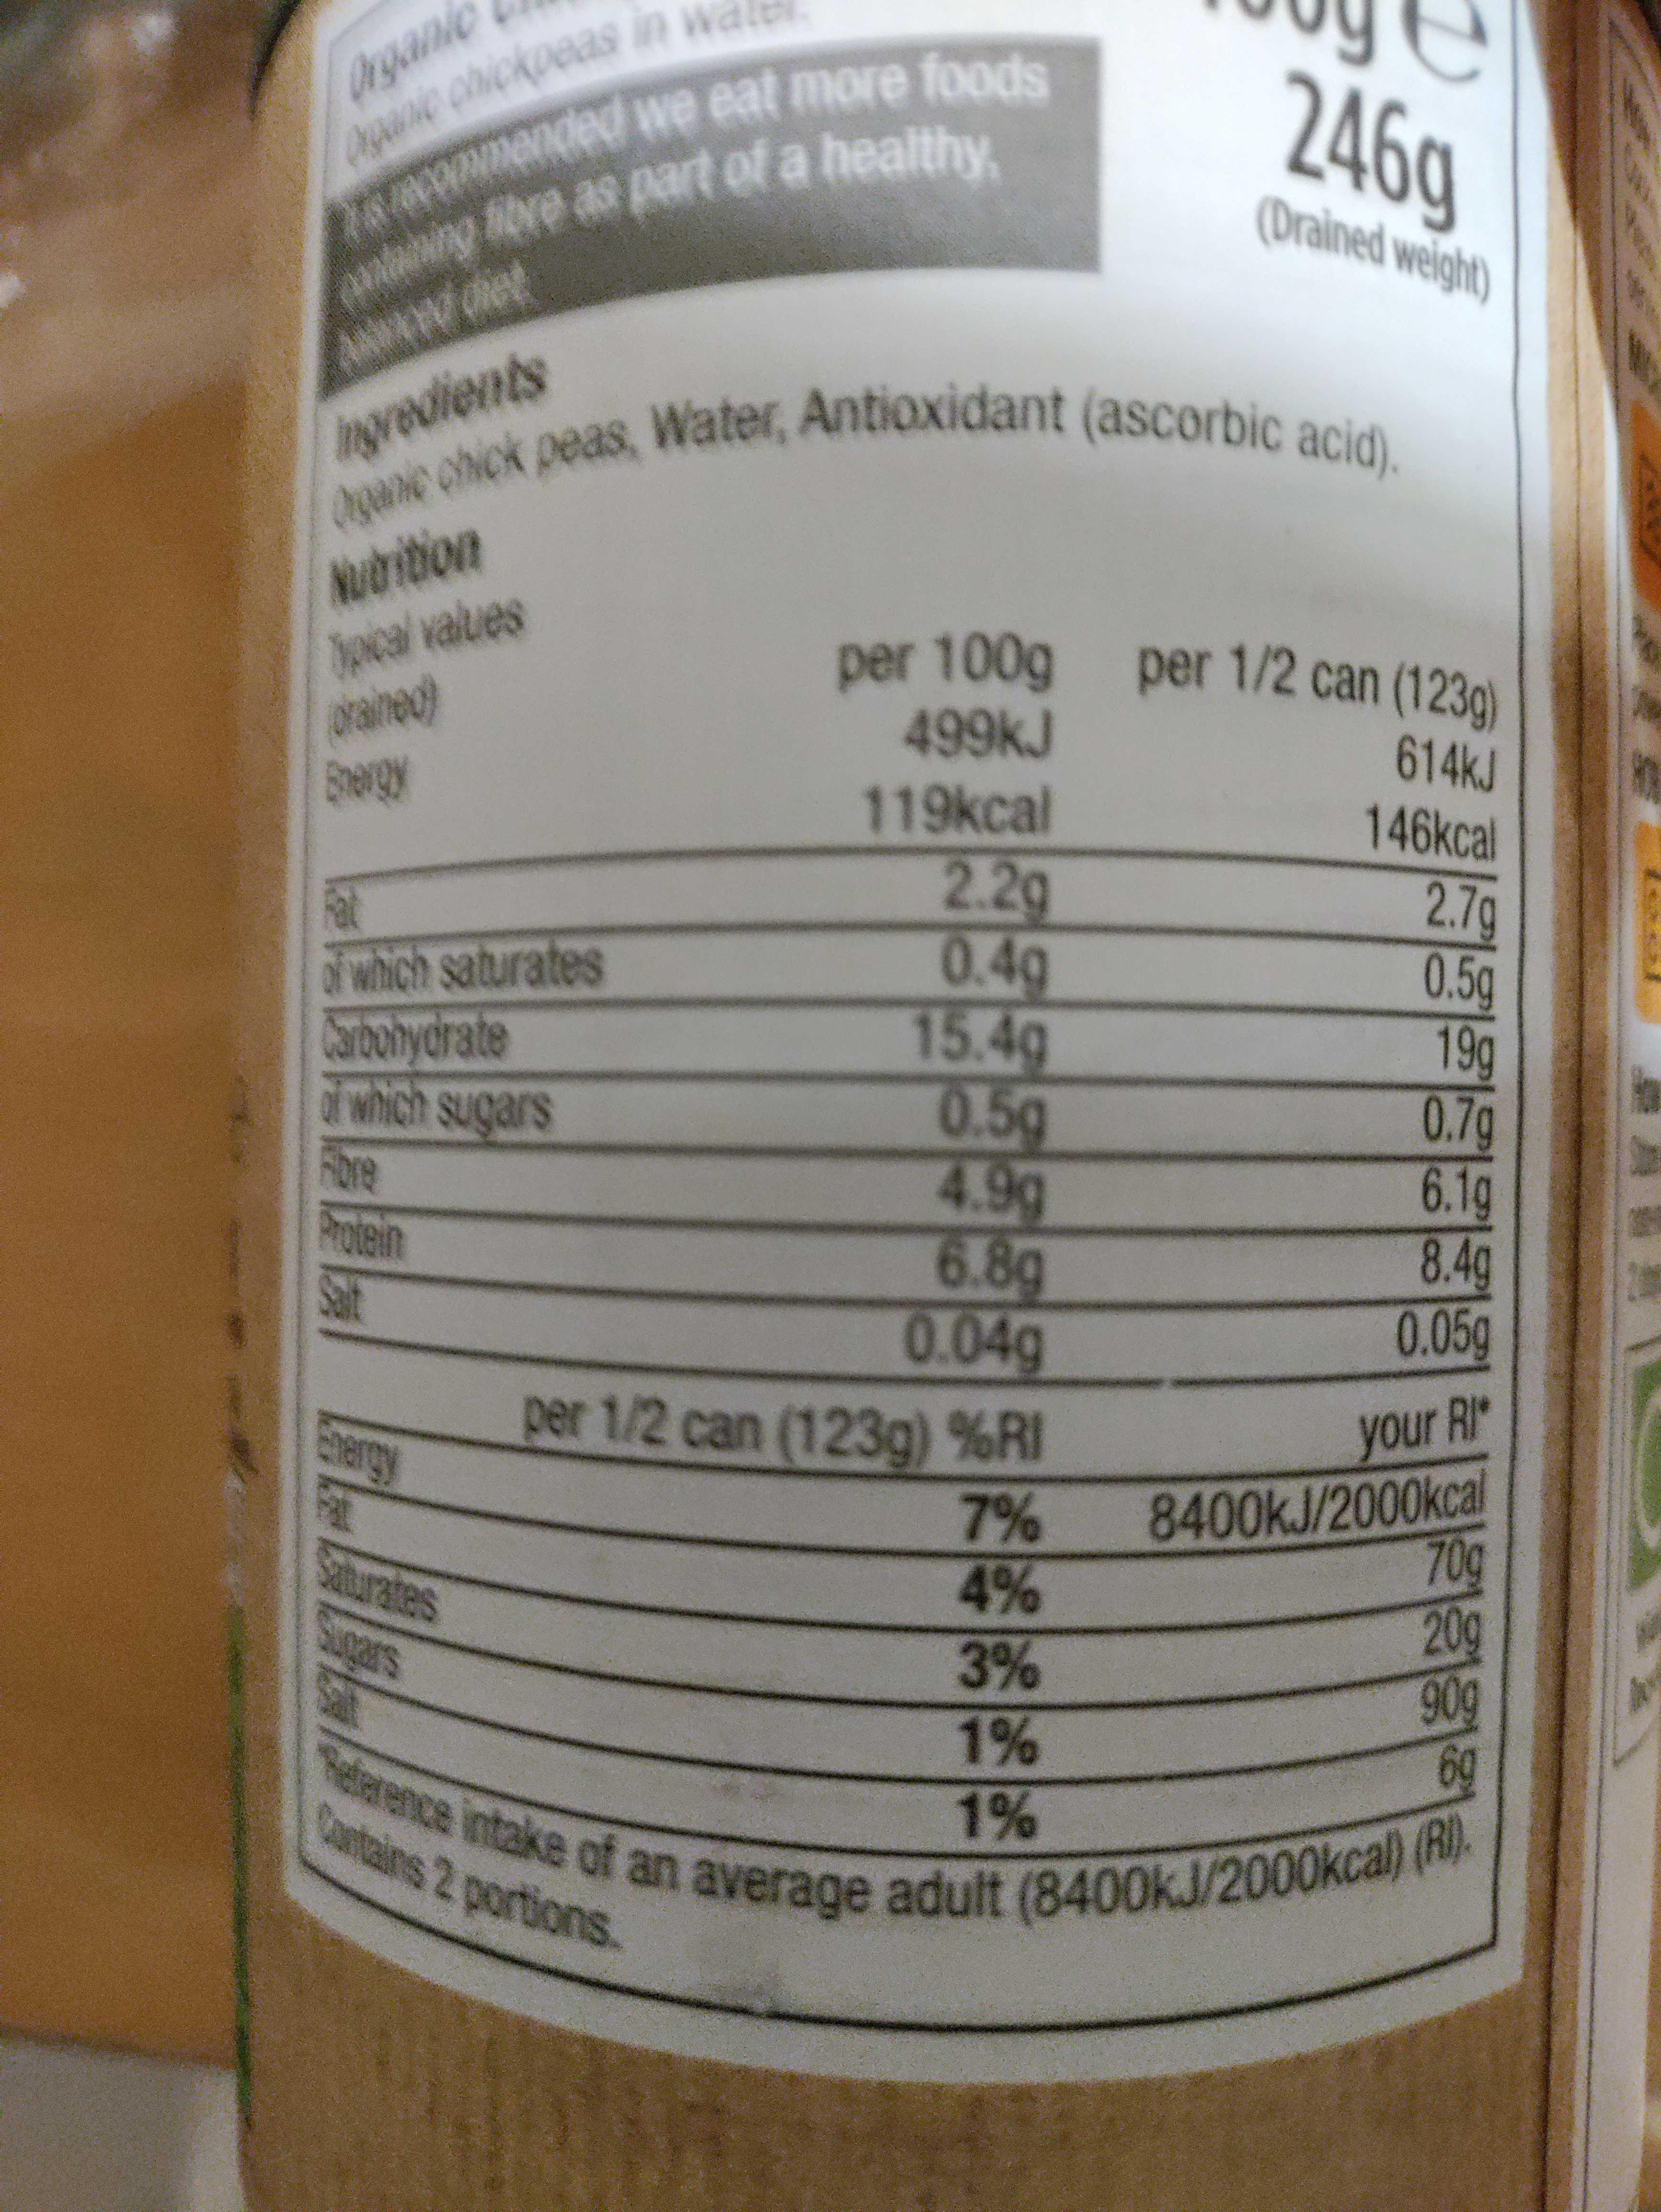
per 1/2 can (123g)
ogane chick peas, Water, Antioxidant (ascorbic acid). elarence intake of an average adult (8400KJ/2000kcal) (RI).
Organic
mended we eat more food e as part of a healthy
246g (Drained weight)
AMWAwdet
ingredients
Nubrition
Jocal values arained) Sergy
per 100g per 1/2 can (1230)
499KJ
614KJ 146kcal
119kcal
at d which saturates Carbohydrate d which sugars Fore Protein Salt
2.2g 0.4g 15.4g 0.5g 4.9g 6.8g 0.04g per 1/2 can (123g) %RI
2.7g 0.5g 19g 0.7g 6.1g 8.4g 0.05g
your RI 8400KJ/2000kcal 70g 20g 90g 6g
Ehergy
7% 4% 3% 1% 1%
Saturates Sugars
Cantains 2 portions.